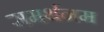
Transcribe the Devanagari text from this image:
समर्थनम